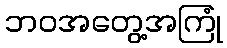
ဘဝအတွေ့အကြုံ